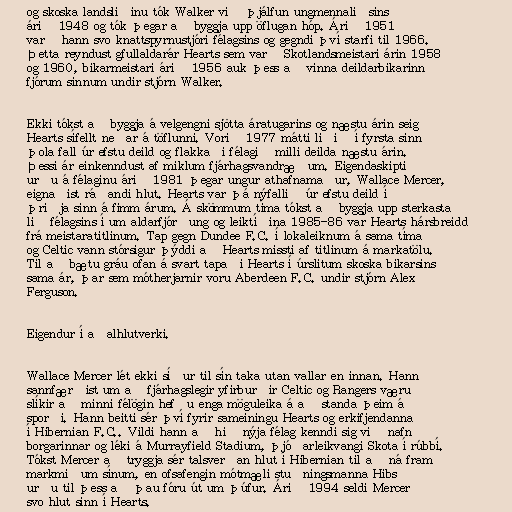
og skoska landsliðinu tók Walker við þjálfun ungmennaliðsins
árið 1948 og tók þegar að byggja upp öflugan hóp. Árið 1951
varð hann svo knattspyrnustjóri félagsins og gegndi því starfi til 1966.
Þetta reyndust gfullaldarár Hearts sem varð Skotlandsmeistari árin 1958
og 1960, bikarmeistari árið 1956 auk þess að vinna deildarbikarinn
fjórum sinnum undir stjórn Walker.

Ekki tókst að byggja á velgengni sjötta áratugarins og næstu árin seig
Hearts sífellt neðar á töflunni. Vorið 1977 mátti liðið í fyrsta sinn
þola fall úr efstu deild og flakkaði félagið milli deilda næstu árin.
Þessi ár einkenndust af miklum fjárhagsvandræðum. Eigendaskipti
urðu á félaginu árið 1981 þegar ungur athafnamaður, Wallace Mercer,
eignaðist ráðandi hlut. Hearts var þá nýfallið úr efstu deild í
þriðja sinn á fimm árum. Á skömmum tíma tókst að byggja upp sterkasta
lið félagsins í um aldarfjórðung og leiktíðina 1985-86 var Hearts hársbreidd
frá meistaratitlinum. Tap gegn Dundee F.C. í lokaleiknum á sama tíma
og Celtic vann stórsigur þýddi að Hearts missti af titlinum á markatölu.
Til að bætu gráu ofan á svart tapaði Hearts í úrslitum skoska bikarsins
sama ár, þar sem mótherjarnir voru Aberdeen F.C. undir stjórn Alex
Ferguson.

Eigendur í aðalhlutverki.

Wallace Mercer lét ekki síður til sín taka utan vallar en innan. Hann
sannfærðist um að fjárhagslegir yfirburðir Celtic og Rangers væru
slíkir að minni félögin hefðu enga möguleika á að standa þeim á
sporði. Hann beitti sér því fyrir sameiningu Hearts og erkifjendanna
í Hibernian F.C.. Vildi hann að hið nýja félag kenndi sig við nafn
borgarinnar og léki á Murrayfield Stadium, þjóðarleikvangi Skota í rúbbí.
Tókst Mercer að tryggja sér talsverðan hlut í Hibernian til að ná fram
markmiðum sínum, en ofsafengin mótmæli stuðningsmanna Hibs
urðu til þess að þau fóru út um þúfur. Árið 1994 seldi Mercer
svo hlut sinn í Hearts.